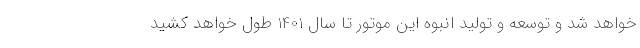
خواهد شد و توسعه و تولید انبوه این موتور تا سال 1401 طول خواهد کشید